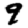
Digit: 9